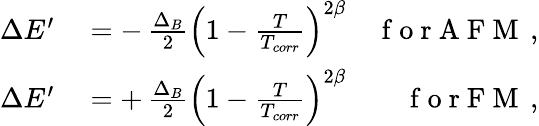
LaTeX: \begin{array}{rlr}{\Delta E^{\prime}}&{{}=-\, \frac{\Delta_{B}}{2}\left(1-\frac{T}{T_{corr}}\right)^{2\beta}}&{\mathrm{~f~o~r~A~F~M~}\, ,}\\ {\Delta E^{\prime}}&{{}=+\, \frac{\Delta_{B}}{2}\left(1-\frac{T}{T_{corr}}\right)^{2\beta}}&{\mathrm{~f~o~r~F~M~}\, ,}\end{array}